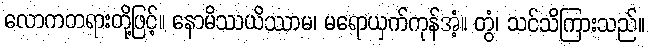
လောကတရားတို့ဖြင့်။ နောမိဿယိဿာမ၊ မရောယှက်ကုန်အံ့။ တွံ၊ သင်သိကြားသည်။